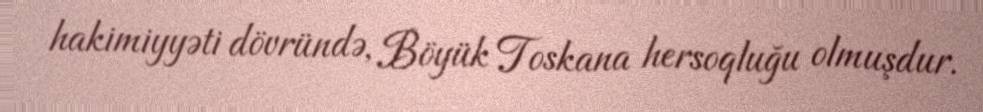
hakimiyyəti dövründə, Böyük Toskana hersoqluğu olmuşdur.